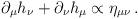
LaTeX: \begin{align*}\partial_{\mu}h_{\nu}+\partial_{\nu}h_{\mu}\propto \eta_{\mu\nu}\,.\end{align*}